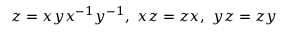
z _ { } ^ { } = x y x ^ { - 1 } y ^ { - 1 } , \ x z = z x , \ y z = z y